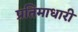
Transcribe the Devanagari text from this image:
प्रतिमाधारी